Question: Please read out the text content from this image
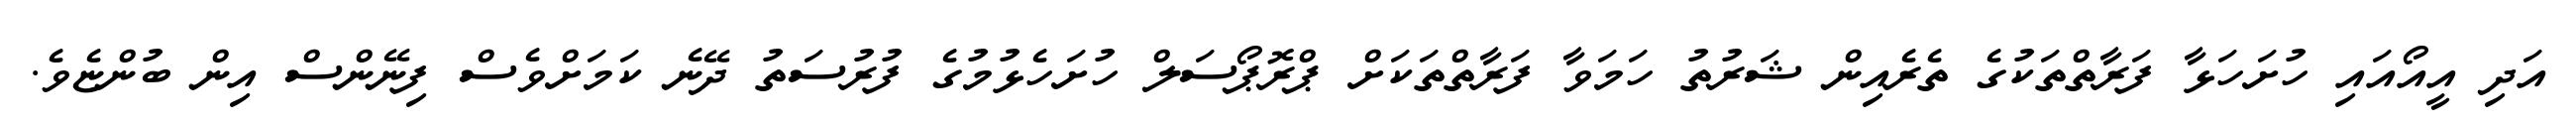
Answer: އަދި އީއޯއައި ހުށަހަޅާ ފަރާތްތަކުގެ ތެރެއިން ޝަރުތު ހަމަވާ ފަރާތްތަކަށް ޕްރޮޕޯސަލް ހުށަހެޅުމުގެ ފުރުސަތު ދޭނެ ކަމަށްވެސް ފިނޭންސް އިން ބުންޏެވެ.